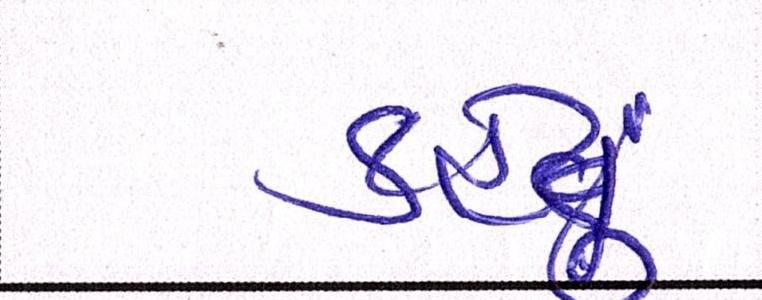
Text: કહેતું